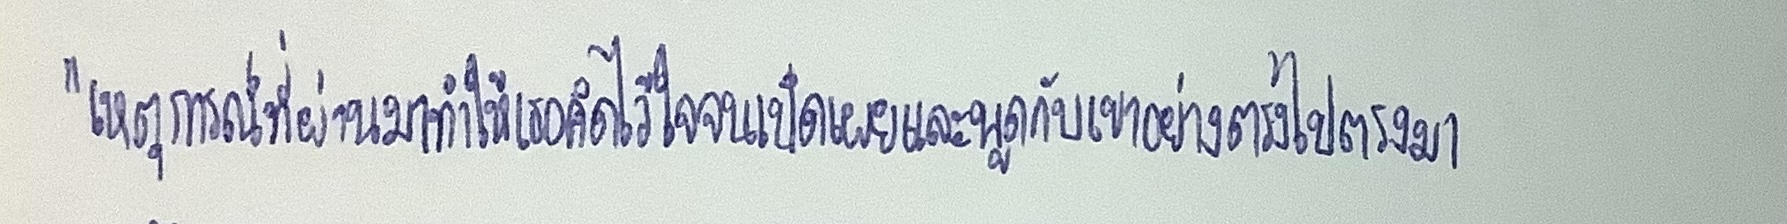
"เหตุการณ์ที่ผ่านมาทำให้เธอคิดไว้ใจจนเปิดเผยและพูดกับเขาอย่างตรงไปตรงมา